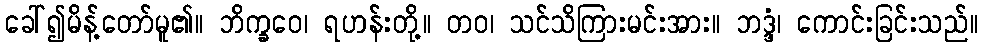
ခေါ်၍မိန့်တော်မူ၏။ ဘိက္ခဝေ၊ ရဟန်းတို့။ တဝ၊ သင်သိကြားမင်းအား။ ဘဒ္ဒံ၊ ကောင်းခြင်းသည်။